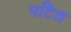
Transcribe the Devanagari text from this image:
पटित